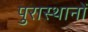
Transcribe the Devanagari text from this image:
पुरास्थानों